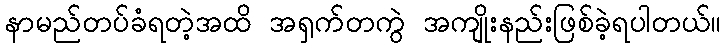
နာမည်တပ်ခံရတဲ့အထိ အရှက်တကွဲ အကျိုးနည်းဖြစ်ခဲ့ရပါတယ်။